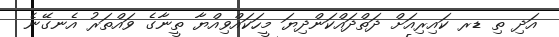
އަދި ތި ޑރ ކައިރިއަށް ދަތްދައްކަންދިޔަ މީހަކައްވިއްޔާ ތީނާގެ ވައްތަރު އެނގޭނެ